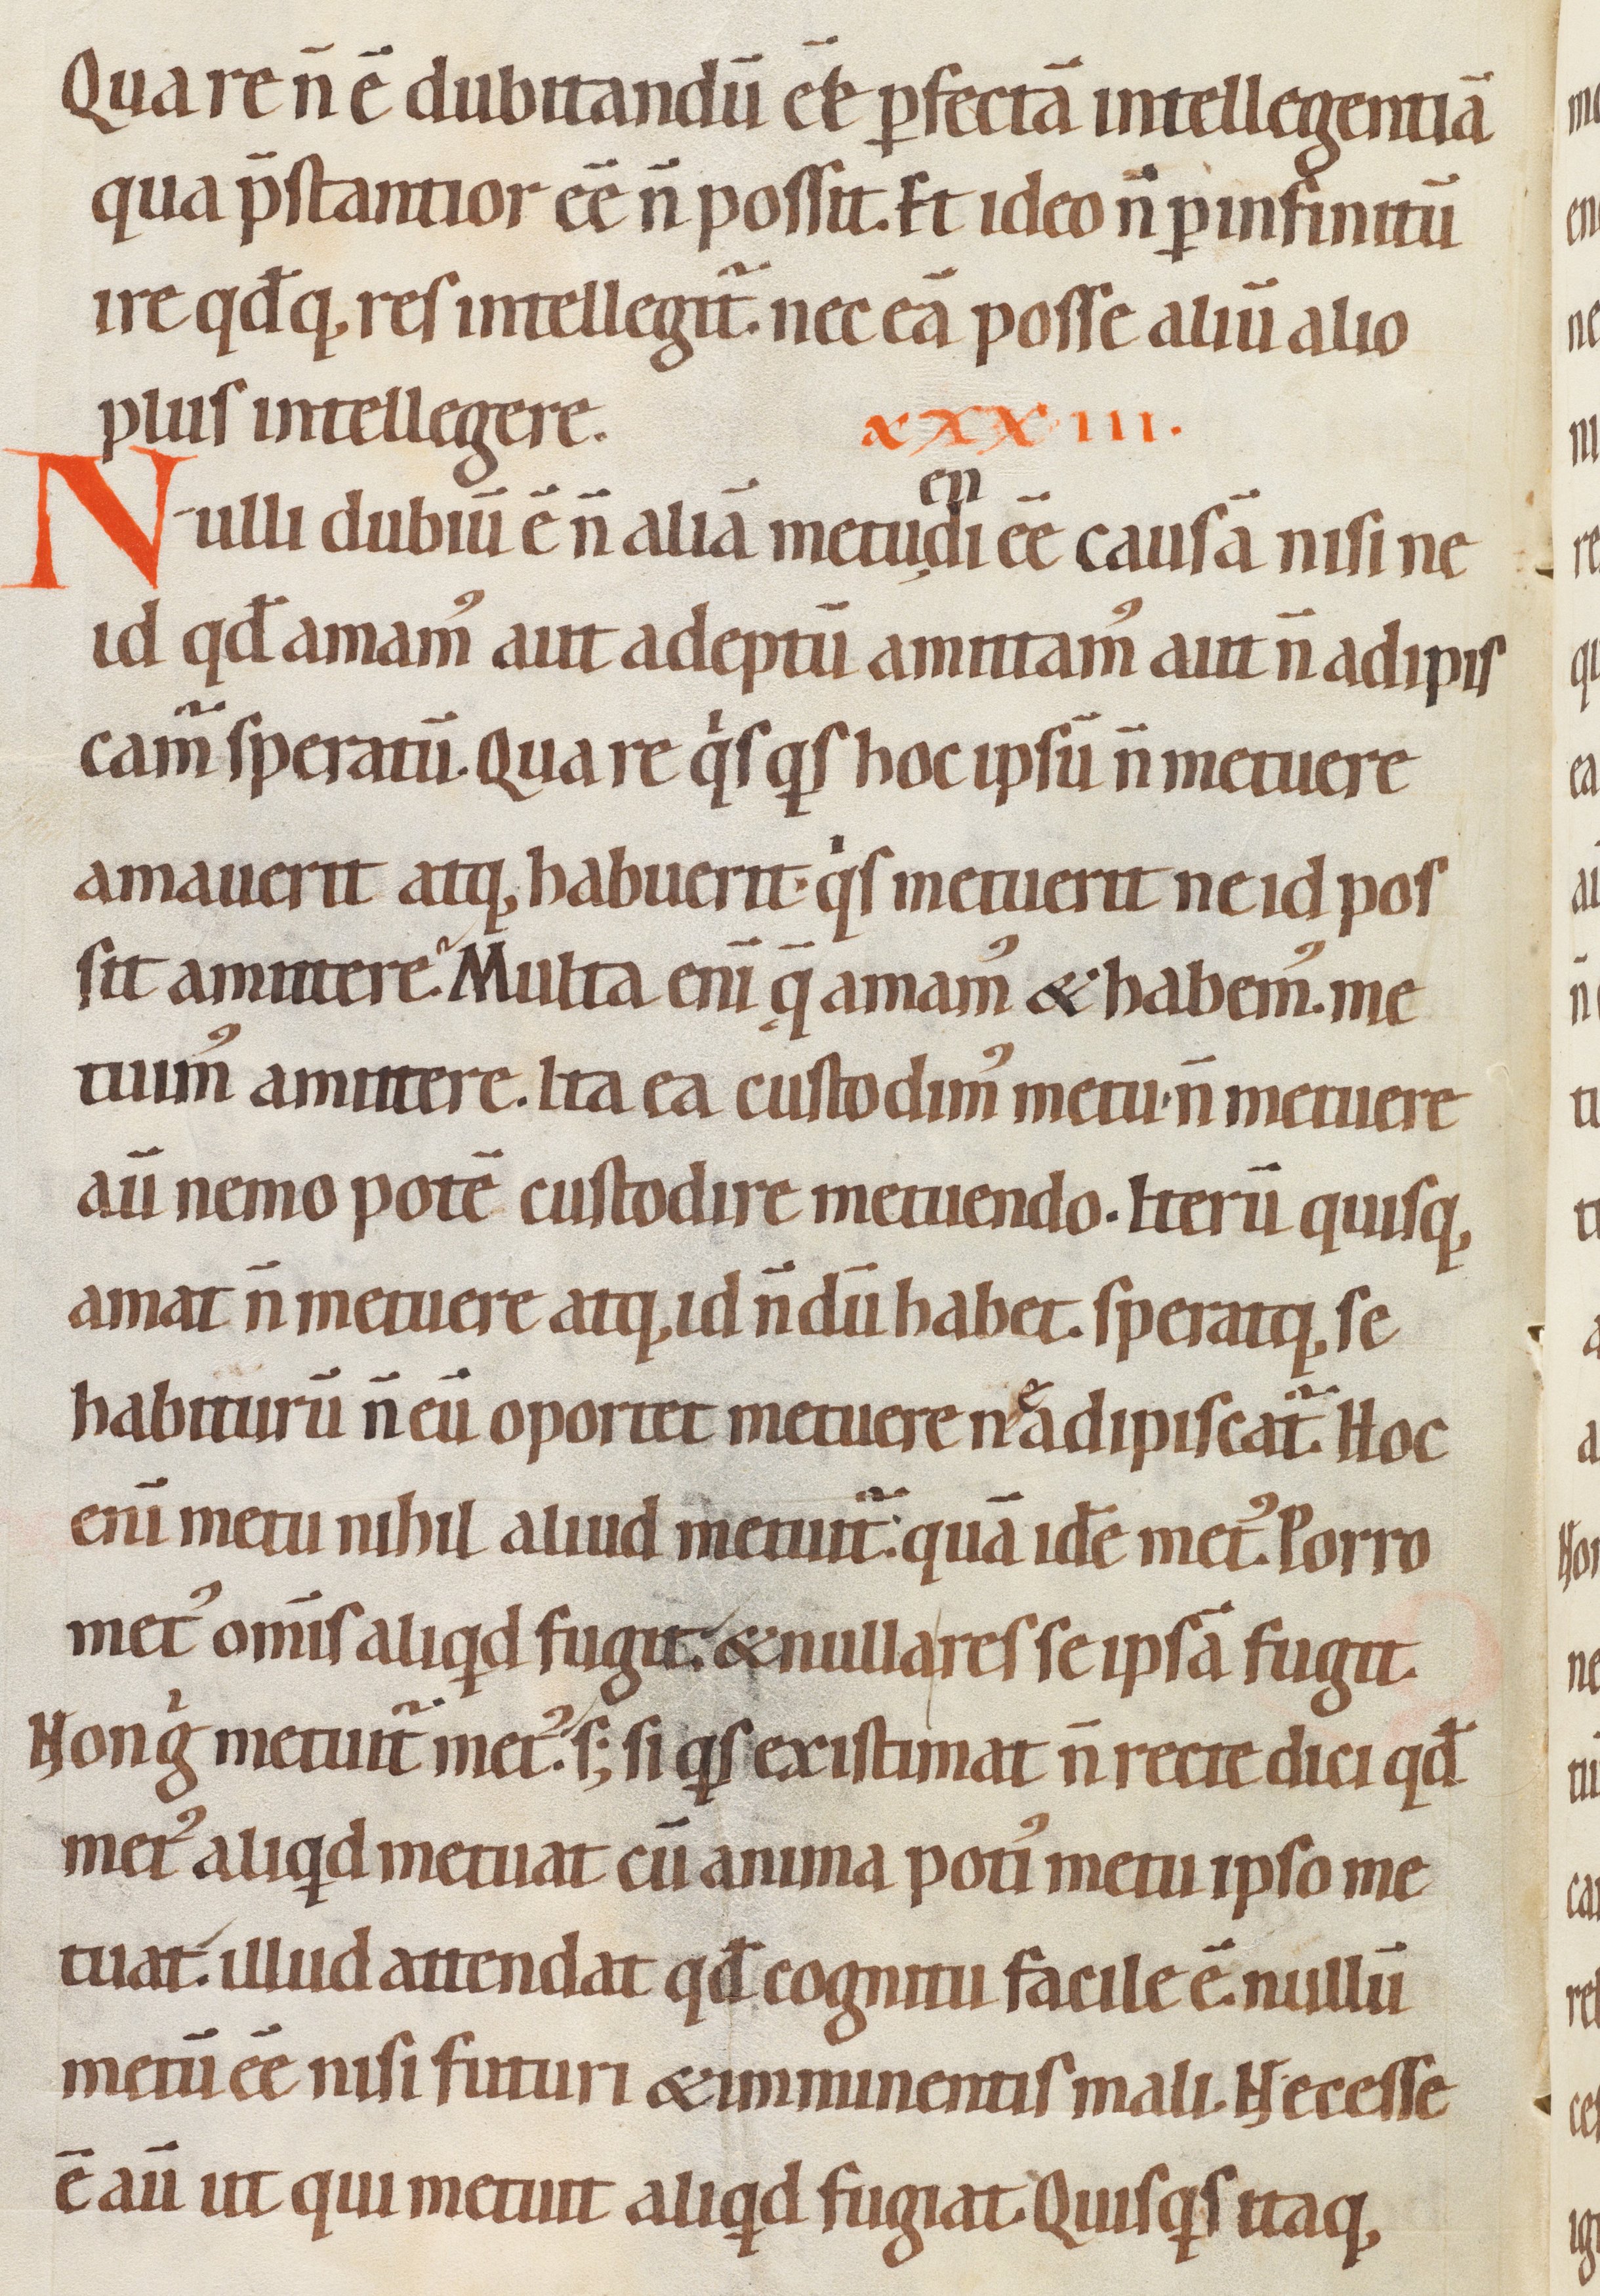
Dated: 1080–1096